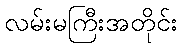
လမ်းမကြီးအတိုင်း